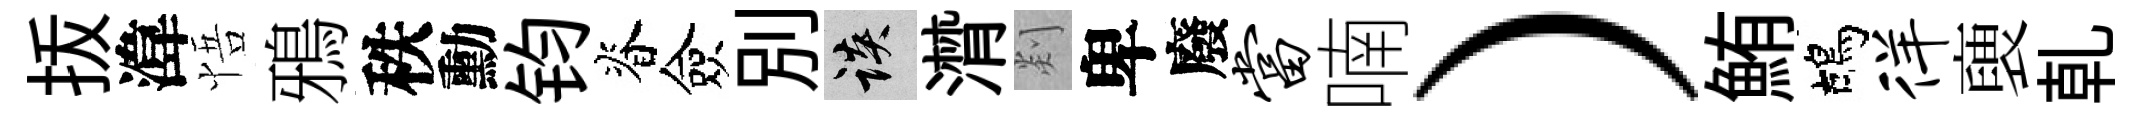
㧞湋悟鴉秩勳钧脊僉别談潸剡卑廢当喃）鮪鴣徉褏乹